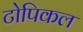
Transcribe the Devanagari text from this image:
टोपिकल